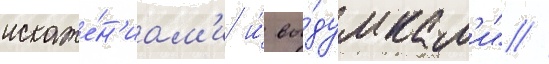
искаже́н'иам'и и́ вы́думкам'и" //